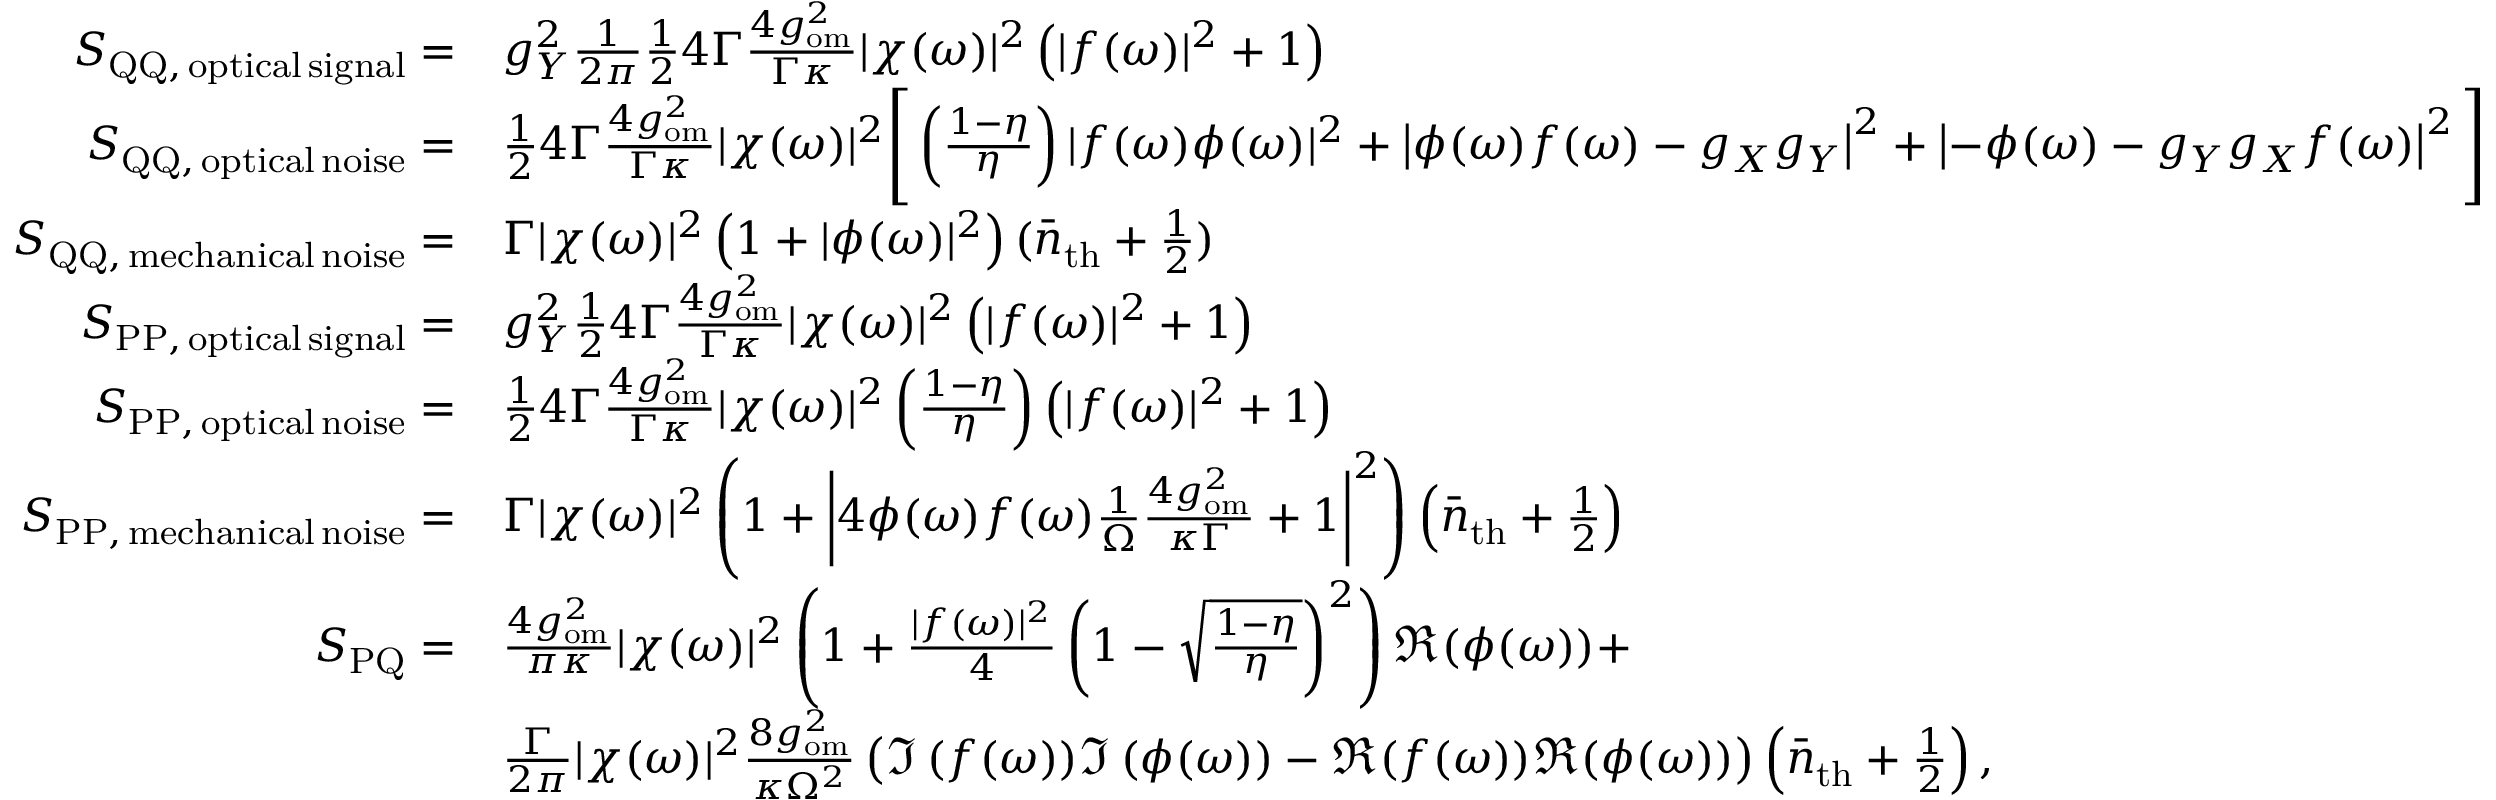
\begin{array} { r l } { S _ { \mathrm { Q Q , \, o p t i c a l \, s i g n a l } } = } & { g _ { Y } ^ { 2 } \frac { 1 } { 2 \pi } \frac { 1 } { 2 } 4 \Gamma \frac { 4 g _ { \mathrm { o m } } ^ { 2 } } { \Gamma \kappa } | \chi ( \omega ) | ^ { 2 } \left( | f ( \omega ) | ^ { 2 } + 1 \right) } \\ { S _ { \mathrm { Q Q , \, o p t i c a l \, n o i s e } } = } & { \frac { 1 } { 2 } 4 \Gamma \frac { 4 g _ { \mathrm { o m } } ^ { 2 } } { \Gamma \kappa } | \chi ( \omega ) | ^ { 2 } \Bigg [ \left( \frac { 1 - \eta } { \eta } \right) | f ( \omega ) \phi ( \omega ) | ^ { 2 } + \left| \phi ( \omega ) f ( \omega ) - g _ { X } g _ { Y } \right| ^ { 2 } + \left| - \phi ( \omega ) - g _ { Y } g _ { X } f ( \omega ) \right| ^ { 2 } \Bigg ] } \\ { S _ { \mathrm { Q Q , \, m e c h a n i c a l \, n o i s e } } = } & { \Gamma | \chi ( \omega ) | ^ { 2 } \left( 1 + | \phi ( \omega ) | ^ { 2 } \right) ( \bar { n } _ { \mathrm { t h } } + \frac { 1 } { 2 } ) } \\ { S _ { \mathrm { P P , \, o p t i c a l \, s i g n a l } } = } & { g _ { Y } ^ { 2 } \frac { 1 } { 2 } 4 \Gamma \frac { 4 g _ { \mathrm { o m } } ^ { 2 } } { \Gamma \kappa } | \chi ( \omega ) | ^ { 2 } \left( | f ( \omega ) | ^ { 2 } + 1 \right) } \\ { S _ { \mathrm { P P , \, o p t i c a l \, n o i s e } } = } & { \frac { 1 } { 2 } 4 \Gamma \frac { 4 g _ { \mathrm { o m } } ^ { 2 } } { \Gamma \kappa } | \chi ( \omega ) | ^ { 2 } \left( \frac { 1 - \eta } { \eta } \right) \left( | f ( \omega ) | ^ { 2 } + 1 \right) } \\ { S _ { \mathrm { P P , \, m e c h a n i c a l \, n o i s e } } = } & { \Gamma | \chi ( \omega ) | ^ { 2 } \left( 1 + \left| 4 \phi ( \omega ) f ( \omega ) \frac { 1 } { \Omega } \frac { 4 g _ { \mathrm { o m } } ^ { 2 } } { \kappa \Gamma } + 1 \right| ^ { 2 } \right) \left( \bar { n } _ { \mathrm { t h } } + \frac { 1 } { 2 } \right) } \\ { S _ { \mathrm { P Q } } = } & { \frac { 4 g _ { \mathrm { o m } } ^ { 2 } } { \pi \kappa } | \chi ( \omega ) | ^ { 2 } \left( 1 + \frac { | f ( \omega ) | ^ { 2 } } { 4 } \left( 1 - \sqrt { \frac { 1 - \eta } { \eta } } \right) ^ { 2 } \right) \Re { ( \phi ( \omega ) ) } + } \\ & { \frac { \Gamma } { 2 \pi } | \chi ( \omega ) | ^ { 2 } \frac { 8 g _ { \mathrm { o m } } ^ { 2 } } { \kappa \Omega ^ { 2 } } \left( \Im \left( f ( \omega \right) ) \Im \left( \phi ( \omega ) \right) - \Re ( f ( \omega ) ) \Re ( \phi ( \omega ) ) \right) \left( \bar { n } _ { \mathrm { t h } } + \frac { 1 } { 2 } \right) , } \end{array}